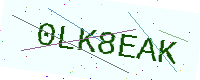
Text: 0LK8EAK